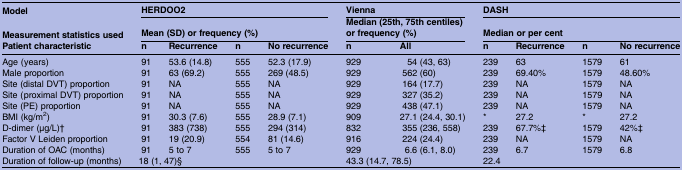
| Model | <COLSPAN=4> HERDOO2 | <COLSPAN=2> Vienna | <COLSPAN=4> DASH |
 | Measurement statistics used | <COLSPAN=4> Mean (SD) or frequency (%) | <COLSPAN=2> Median (25th, 75th centiles) or frequency (%) | <COLSPAN=4> Median or per cent |
 | Patient characteristic | n | Recurrence | n | No recurrence | n | All | n | Recurrence | n | No recurrence |
 | --- | --- | --- | --- | --- | --- | --- | --- | --- | --- | --- |
 | Age (years) | 91 | 53.6 (14.8) | 555 | 52.3 (17.9) | 929 | 54 (43, 63) | 239 | 63 | 1579 | 61 |
 | Male proportion | 91 | 63 (69.2) | 555 | 269 (48.5) | 929 | 562 (60) | 239 | 69.40% | 1579 | 48.60% |
 | Site (distal DVT) proportion | 91 | NA | 555 | NA | 929 | 164 (17.7) | 239 | NA | 1579 | NA |
 | Site (proximal DVT) proportion | 91 | NA | 555 | NA | 929 | 327 (35.2) | 239 | NA | 1579 | NA |
 | Site (PE) proportion | 91 | NA | 555 | NA | 929 | 438 (47.1) | 239 | NA | 1579 | NA |
 | BMI (kg/m2) | 91 | 30.3 (7.6) | 555 | 28.9 (7.1) | 909 | 27.1 (24.4, 30.1) | * | 27.2 | * | 27.2 |
 | D-dimer (μg/L)† | 91 | 383 (738) | 555 | 294 (314) | 832 | 355 (236, 558) | 239 | 67.7%‡ | 1579 | 42%‡ |
 | Factor V Leiden proportion | 91 | 19 (20.9) | 554 | 81 (14.6) | 916 | 224 (24.4) | 239 | NA | 1579 | NA |
 | Duration of OAC (months) | 91 | 5 to 7 | 555 | 5 to 7 | 929 | 6.6 (6.1, 8.0) | 239 | 6.7 | 1579 | 6.8 |
 | Duration of follow-up (months) | <COLSPAN=4> 18 (1, 47)§ | <COLSPAN=2> 43.3 (14.7, 78.5) | <COLSPAN=4> 22.4 |